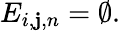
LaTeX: E_{i,\mathbf{j},n}=\emptyset.